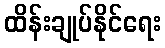
ထိန်းချုပ်နိုင်ရေး